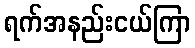
ရက်အနည်းငယ်ကြာ